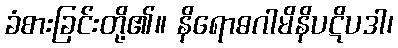
ခံစားခြင်းတို့၏။ နိရောဓဂါမိနိပဋိပဒါ၊